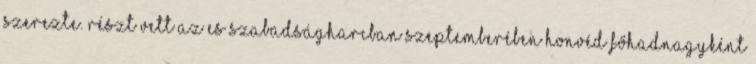
szerezte. Részt vett az es szabadságharcban szeptemberében honvéd főhadnagyként